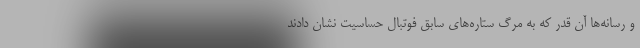
و رسانه‌ها آن قدر که به مرگ ستاره‌های سابق فوتبال حساسیت نشان دادند